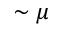
\sim \mu